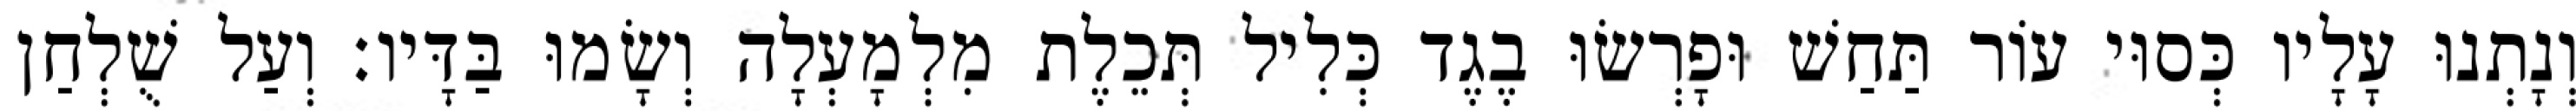
וְנָתְנוּ עָלָיו כְּסוּי עוֹר תַּחַשׁ וּפָרְשׂוּ בֶגֶד כְּלִיל תְּכֵלֶת מִלְמָעְלָה וְשָׂמוּ בַּדָּיו׃ וְעַל שֻׁלְחַן